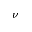
\nu